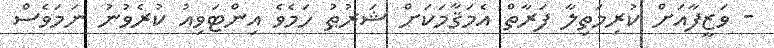
- ވަޒީފާއަށް ކުރިމަތިލާ ފަރާތް އެމަޤާމަކަށް ޝަރުޠު ހަމެވެ އިންޓަވިއު ކުރެވުނު ނަމަވެސް